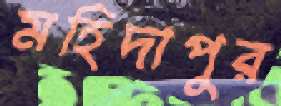
মহিদাপুর